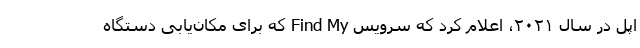
اپل در سال ۲۰۲۱، اعلام کرد که سرویس Find My که برای مکان‌یابی دستگاه